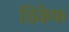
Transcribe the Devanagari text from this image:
डिकेफ